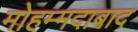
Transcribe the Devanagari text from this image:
मोहम्‍मदाबाद